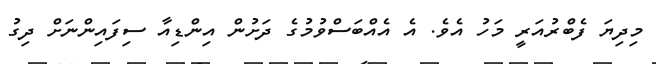
މިދިޔަ ފެބްރުއަރީ މަހު އެވެ. އެ އެއްބަސްވުމުގެ ދަށުން އިންޑިއާ ސިފައިންނަށް ދިގު